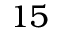
1 5